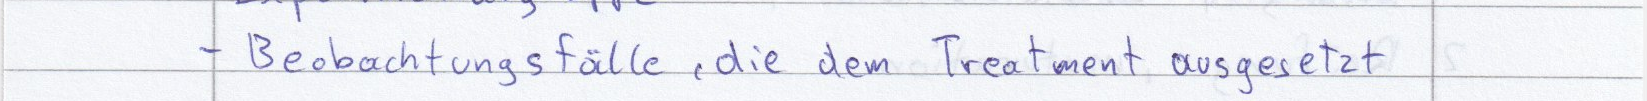
- Beobachtungsfälle, die dem Treatment ausgesetzt